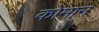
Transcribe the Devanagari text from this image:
कोमान